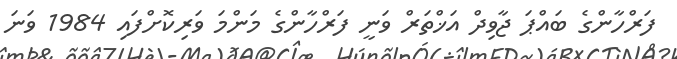
ފަރްހާންގެ ބައްޕަ ޖާވިދް އަޚްތަރް ވަނީ ފަރްހާންގެ މަންމަ ވަރިކޮށްފައި 1984 ވަނަ